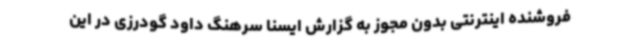
فروشنده اینترنتی بدون مجوز به گزارش ایسنا سرهنگ داود گودرزی در این